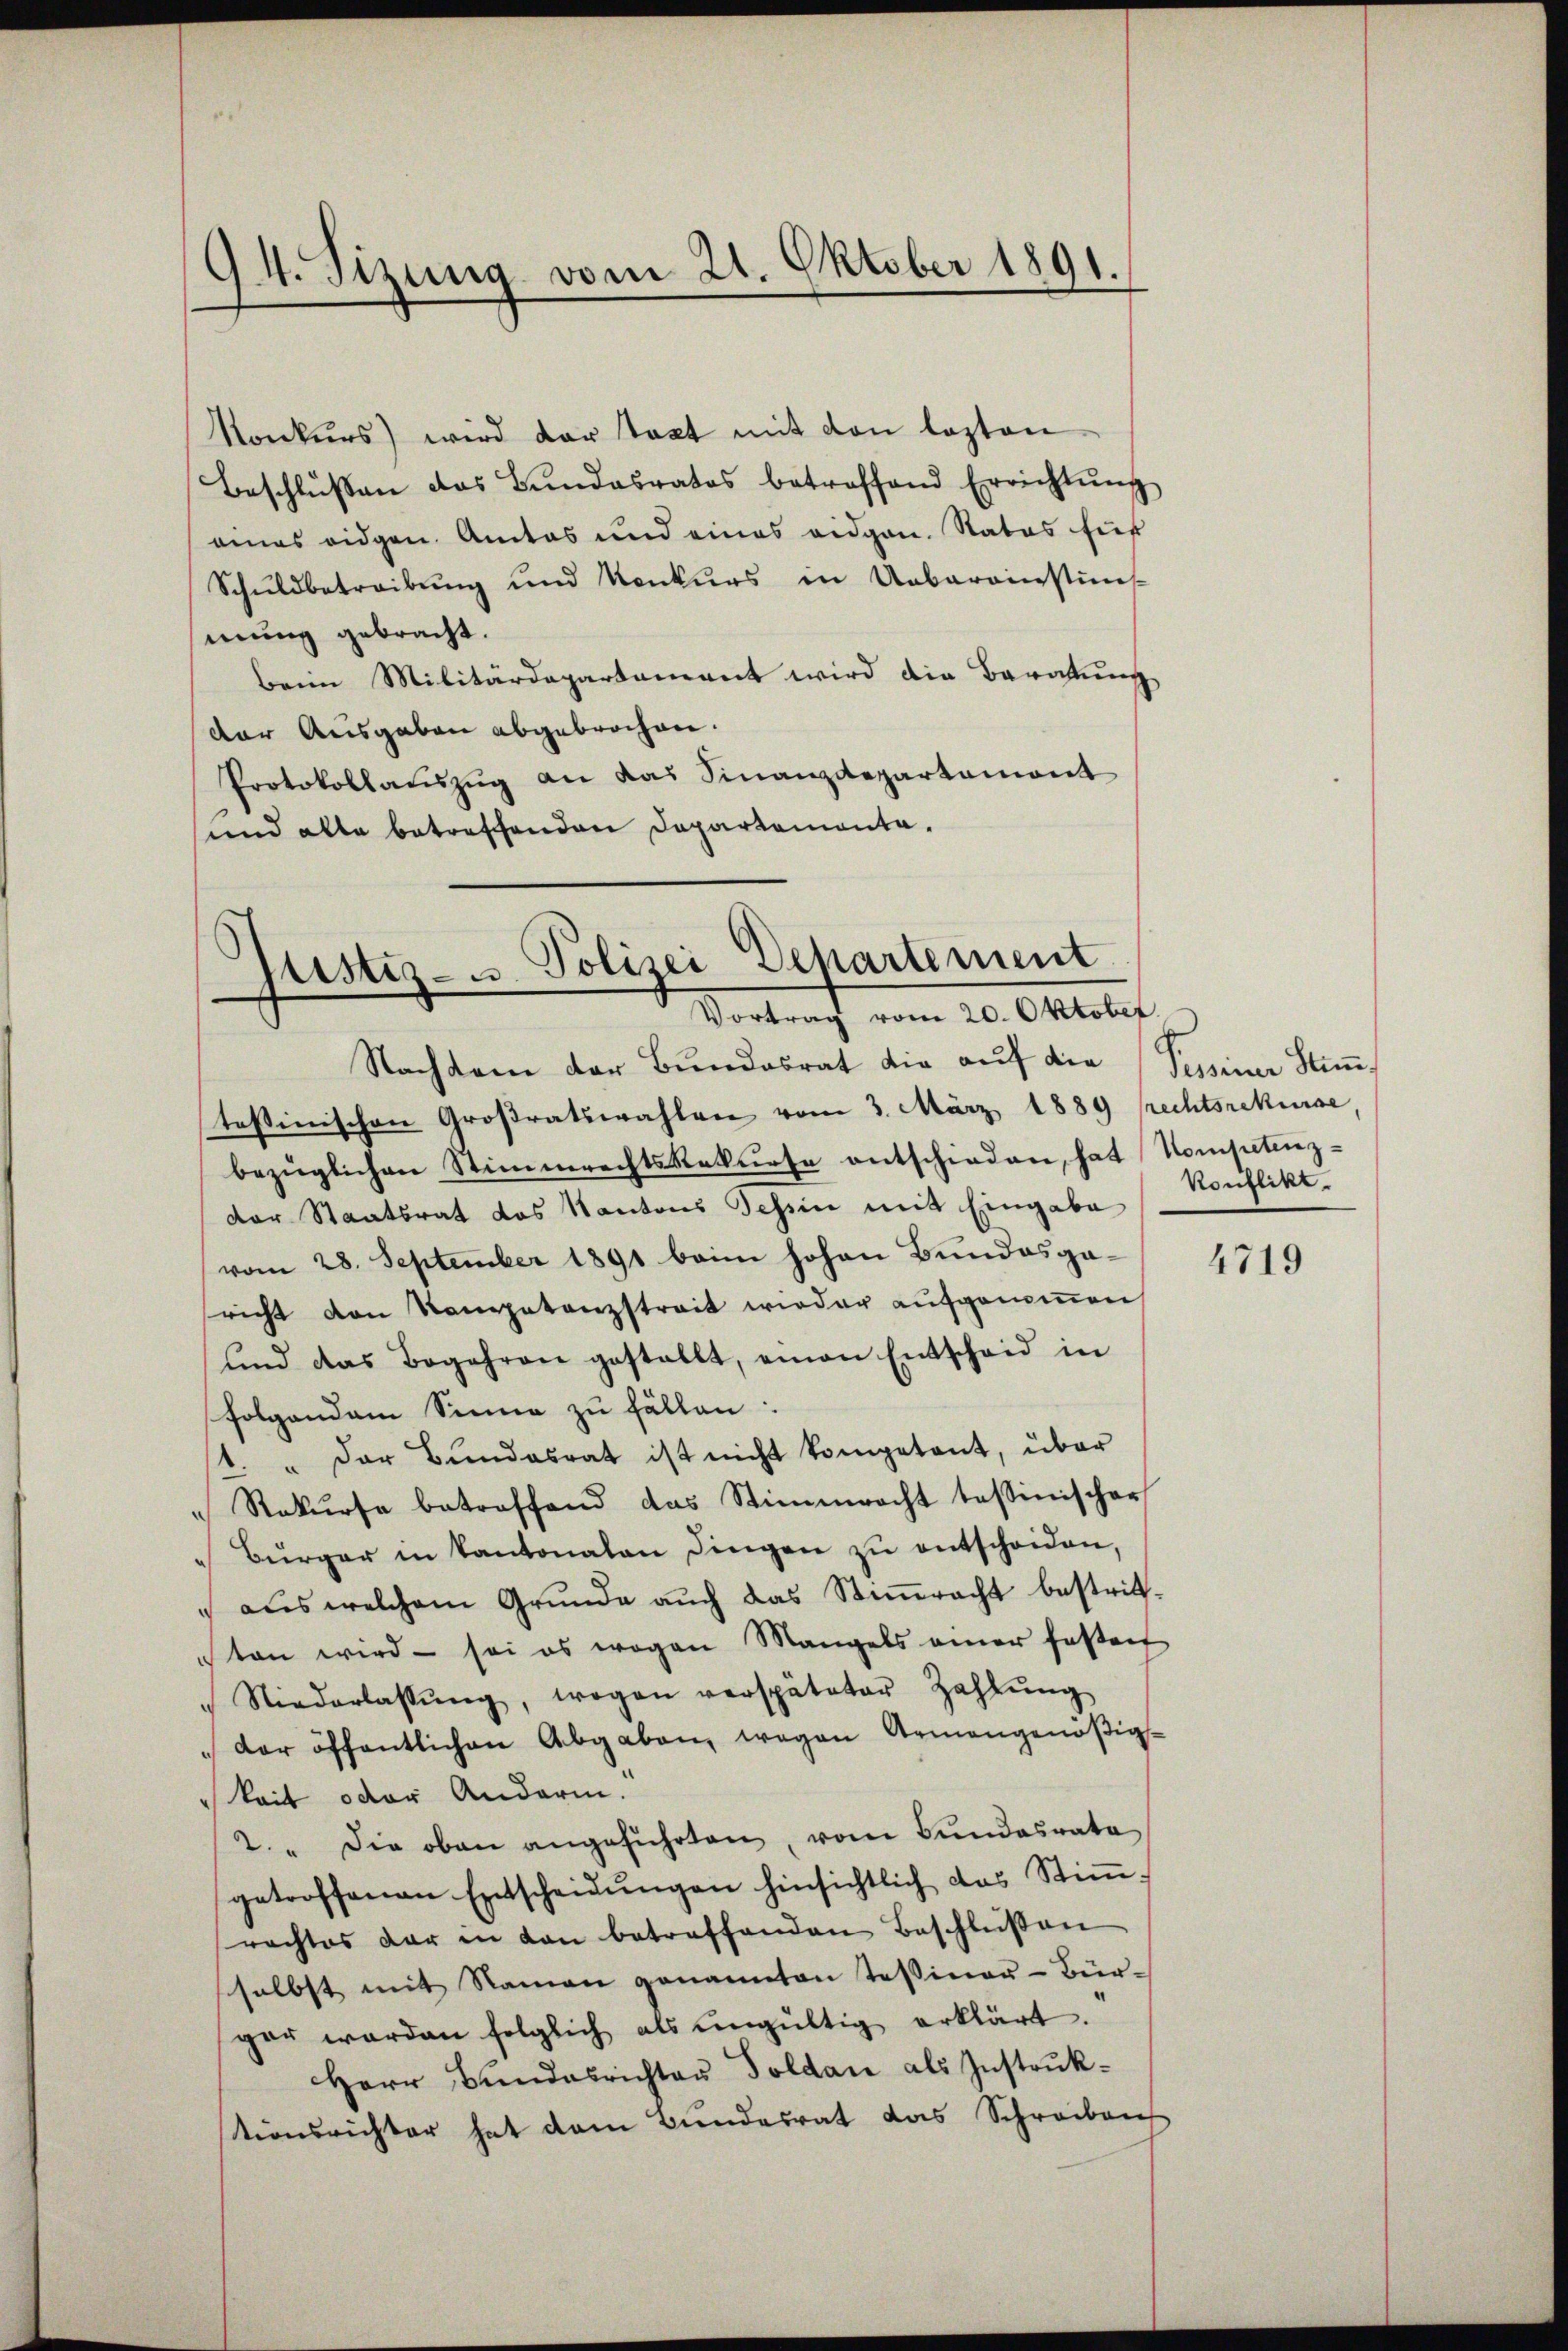
94. Sizung vom 21. Oktober 1891.

Konkŭrs) wird der Staat mit den lezten
Beschlŭβen das Bŭndesrates betroffend Errichtŭng
amas eidgen. Amtes und eines eidgen. Status für
Schŭldbetreibŭng und Konkurs in Uebereinstins
mung gebracht.
beim Militärdepartement wird die Beratung
der Ausgaben abgebrochen.
Protokollaŭszŭg an das Finanzdepartemont
und alle betreffenden Departamenta¬

justiz- u. Polizei Departement
Vortrag vom 20. Oktober

Konflikt

Nachten der Bundesrat die auf die Tessiner Stimtestinischen Großratswahlen vom 3. März 1889 prechtsrekurse,
bezüglichen Stimmrechts Rekurse entschieden, hat Kompetenz-
der Staatsrat das Kantons Tessin mit Eingabe
vom 28. September 1891 beim hohen Bundesgaricht von Kompetenzstreit wieder aufgenoṁen
und das Begehren gestellt, einen Entscheid in
folgendem Sinne zu fällen:
1. " Der Bundesrat ist nicht kompetent, über
" Rekurse betroffend das Stimmrecht tessinischer
Bürger in Kantonalen Dingen zŭ entscheiden,
 aus welchem Grunde auch das Stimmrecht bestritton wird - sei es wegen Mangels einer fastenf
"Niederlassŭng, wogen verspäteter Zahlŭng
der öffentlichen Abgaben wegen Armengenößigkeit oder Andarm.
2. " Die oben angeführten, vom Bundesrata
getroffenen Entscheidŭngen hinsichtlich das Stiṁ-
rachtes dar in von betreffenden Beschlüßen
selbst mit Namen genannten Tessiner-Bür-
gar werden folglich als ungültig erklärt.
Herr Bundesrichter Soldau als Instrukstionsrichter hat dem Bundesrat das Schreiben

4719